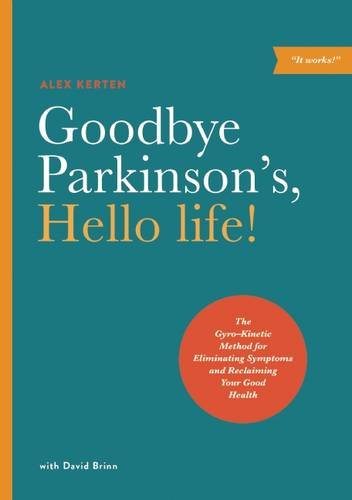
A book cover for Goodbye Parkinson's, Hello life!: The GyroEEKinetic Method for Eliminating Symptoms and Reclaiming Your Good Health; Alex Kerten; Health, Fitness & Dieting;